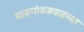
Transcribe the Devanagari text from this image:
माडगांवजवळच्या